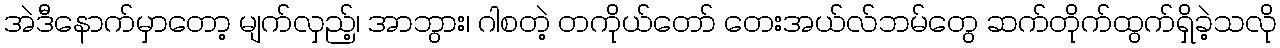
အဲဒီနောက်မှာတော့ မျက်လှည့်၊ အာဘွား၊ ဂါစတဲ့ တကိုယ်တော် တေးအယ်လ်ဘမ်တွေ ဆက်တိုက်ထွက်ရှိခဲ့သလို